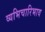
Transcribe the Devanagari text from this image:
व्यभिचारिभाव